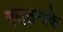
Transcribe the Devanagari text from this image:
गणतन्त्रके